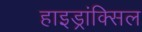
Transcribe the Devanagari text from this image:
हाइड्रांक्सिल